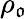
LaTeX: \rho_{\mathfrak{o}}